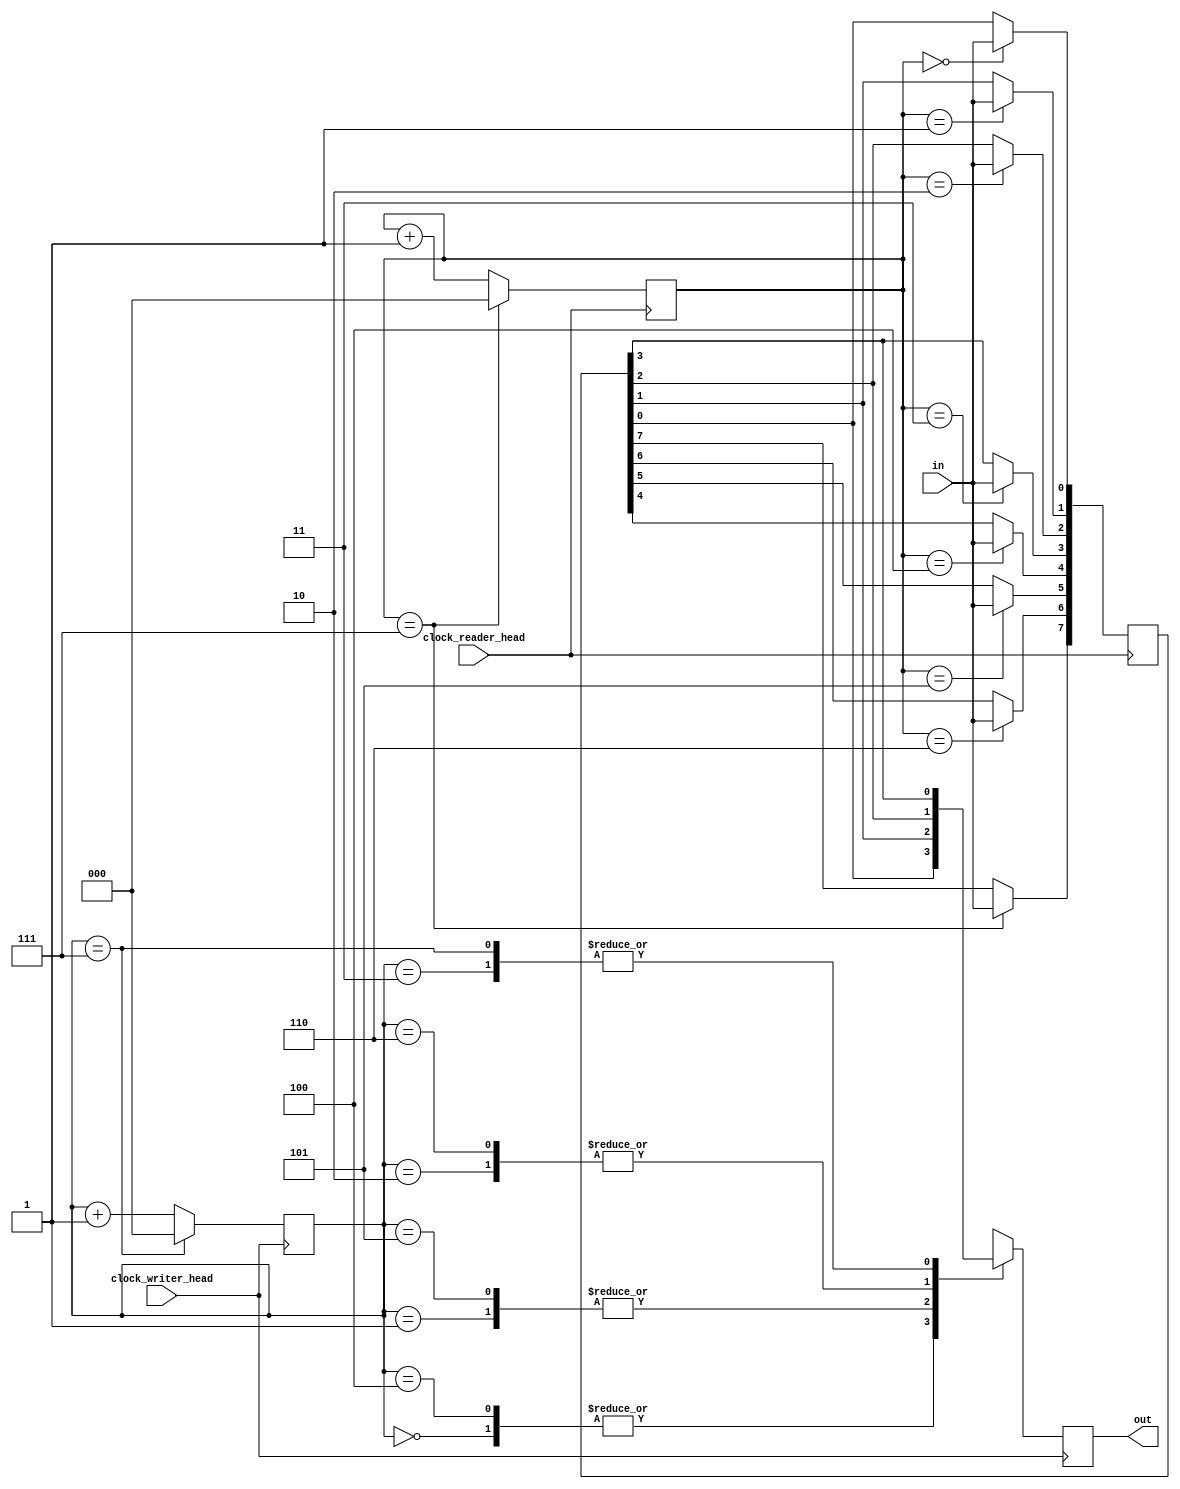
module multiclock_reader_writer(
    clock_reader_head,
    clock_writer_head,
	in,
	out
);

	//INPUT
	input	clock_reader_head;
	input	clock_writer_head;
	input	in;

	//OUTPUT
	output	reg out;

	reg	[2:0]	reader_head;
	reg	[2:0]	writer_head;
	reg [7:0]	register;

	always @(posedge clock_reader_head)
	begin

		case (reader_head)	
			0: register[0] <= in;
			1: register[1] <= in;
			2: register[2] <= in;
			3: register[3] <= in;
			4: register[4] <= in;
			5: register[5] <= in;
			6: register[6] <= in;
			7: register[7] <= in;
		endcase

		if(reader_head == 7)
			reader_head <= 0;
		else
			reader_head <= reader_head +1;

	end

	always @(posedge clock_writer_head)
	begin

		case (writer_head)	
			0: out <= register[0];
			1: out <= register[1];
			2: out <= register[2];
			3: out <= register[3];
			4: out <= register[0];
			5: out <= register[1];
			6: out <= register[2];
			7: out <= register[3];
		endcase

		if(writer_head == 7)
			writer_head <= 0;
		else
			writer_head <= writer_head +1;
	end

endmodule